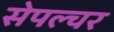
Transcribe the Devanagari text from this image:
सेपल्चर